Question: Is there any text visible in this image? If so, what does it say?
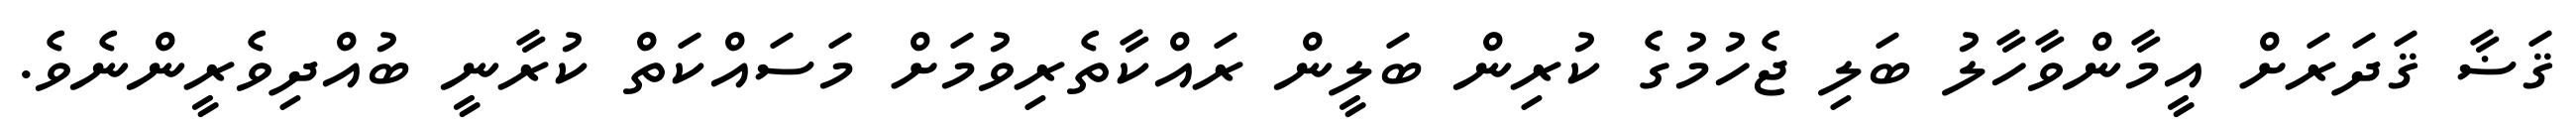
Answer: ޤަޟާ ޤަދަރަށް އީމާންވާހާލު ބަލި ޖެހުމުގެ ކުރިން ބަލީން ރައްކާތެރިވުމަށް މަސައްކަތް ކުރާނީ ބުއްދިވެރީންނެވެ.